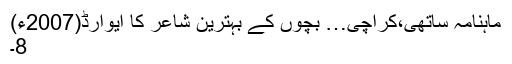
ماہنامہ ساتھی،کراچی… بچوں کے بہترین شاعر کا ایوارڈ(2007ء)
8۔